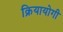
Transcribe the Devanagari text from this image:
क्रियायोगी